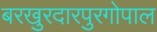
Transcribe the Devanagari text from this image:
बरखुरदारपुरगोपाल